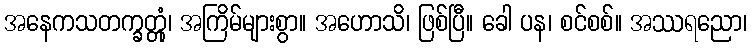
အနေကသတက္ခတ္တုံ၊ အကြိမ်များစွာ။ အဟောသိ၊ ဖြစ်ပြီ။ ခေါ ပန၊ စင်စစ်။ အဿရညော၊